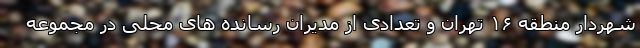
شهردار منطقه ۱۶ تهران و تعدادی از مدیران رسانده های محلی در مجموعه